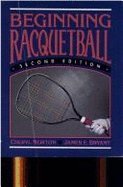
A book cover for Beginning racquetball; Instructor's Guide; Sports & Outdoors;